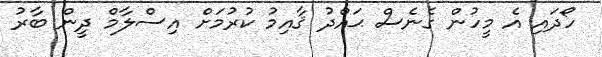
ހޯދައި އެ މީހުން ގެނެސް ޙައްދު ޤާއިމު ކުރުމަށް އިސްލާމް ދީން ބާރު